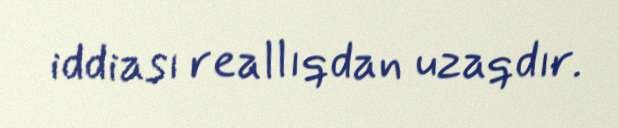
iddiası reallıqdan uzaqdır.